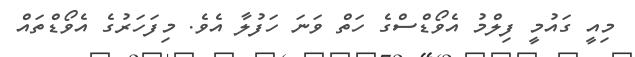
މިއީ ގައުމީ ފިލްމު އެވޯޑްސްގެ ހަތް ވަނަ ހަފުލާ އެވެ. މިފަހަރުގެ އެވޯޑްތައް